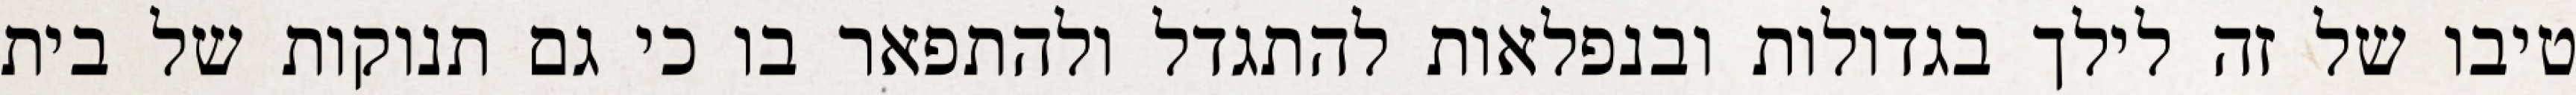
טיבו של זה לילך בגדולות ובנפלאות להתגדל ולהתפאר בו כי גם תנוקות של בית